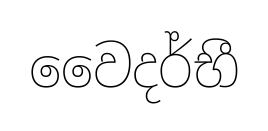
වෛදර්භී